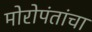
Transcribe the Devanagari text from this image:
मोरोपंतांचा